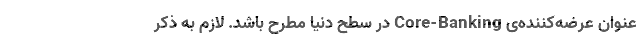
‌عنوان عرضه‌کننده‌ی Core-Banking در سطح دنیا مطرح باشد. لازم به ذکر